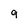
Character: 9